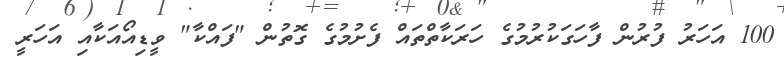
100 އަހަރު ފުރުން ފާހަގަކުރުމުގެ ހަރަކާތްތައް ފެށުމުގެ ގޮތުން "ފައްކާ" ވީޑިއޯއަކާއި އަހަރީ